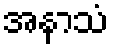
အနာသံ